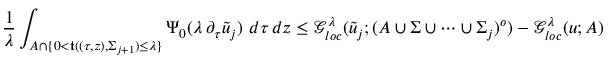
\frac { 1 } { \lambda } \int _ { A \cap \{ 0 < \mathfrak { t } ( ( \tau , z ) , \Sigma _ { j + 1 } ) \leq \lambda \} } \Psi _ { 0 } ( \lambda \, \partial _ { \tau } \tilde { u } _ { j } ) \ d \tau \, d z \leq \mathcal { G } _ { l o c } ^ { \lambda } ( \tilde { u } _ { j } ; ( A \cup \Sigma \cup \cdots \cup \Sigma _ { j } ) ^ { o } ) - \mathcal { G } _ { l o c } ^ { \lambda } ( u ; A )